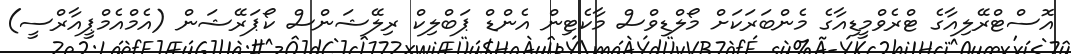
އޮސްޓްރޭލިއާގެ ޓްރެވްމީޑިއާގެ މެންބަރަކަށް މޯލްޑިވްސް މާކެޓިން އެންޑް ޕަބްލިކް ރިލޭޝަންސް ކޯޕަރޭޝަން (އެމްއެމްޕީއާރްސީ)